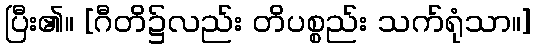
ပြီး၏။ [ဂီတိ၌လည်း တိပစ္စည်း သက်ရုံသာ။]